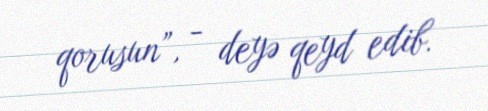
qorusun”, - deyə qeyd edib.